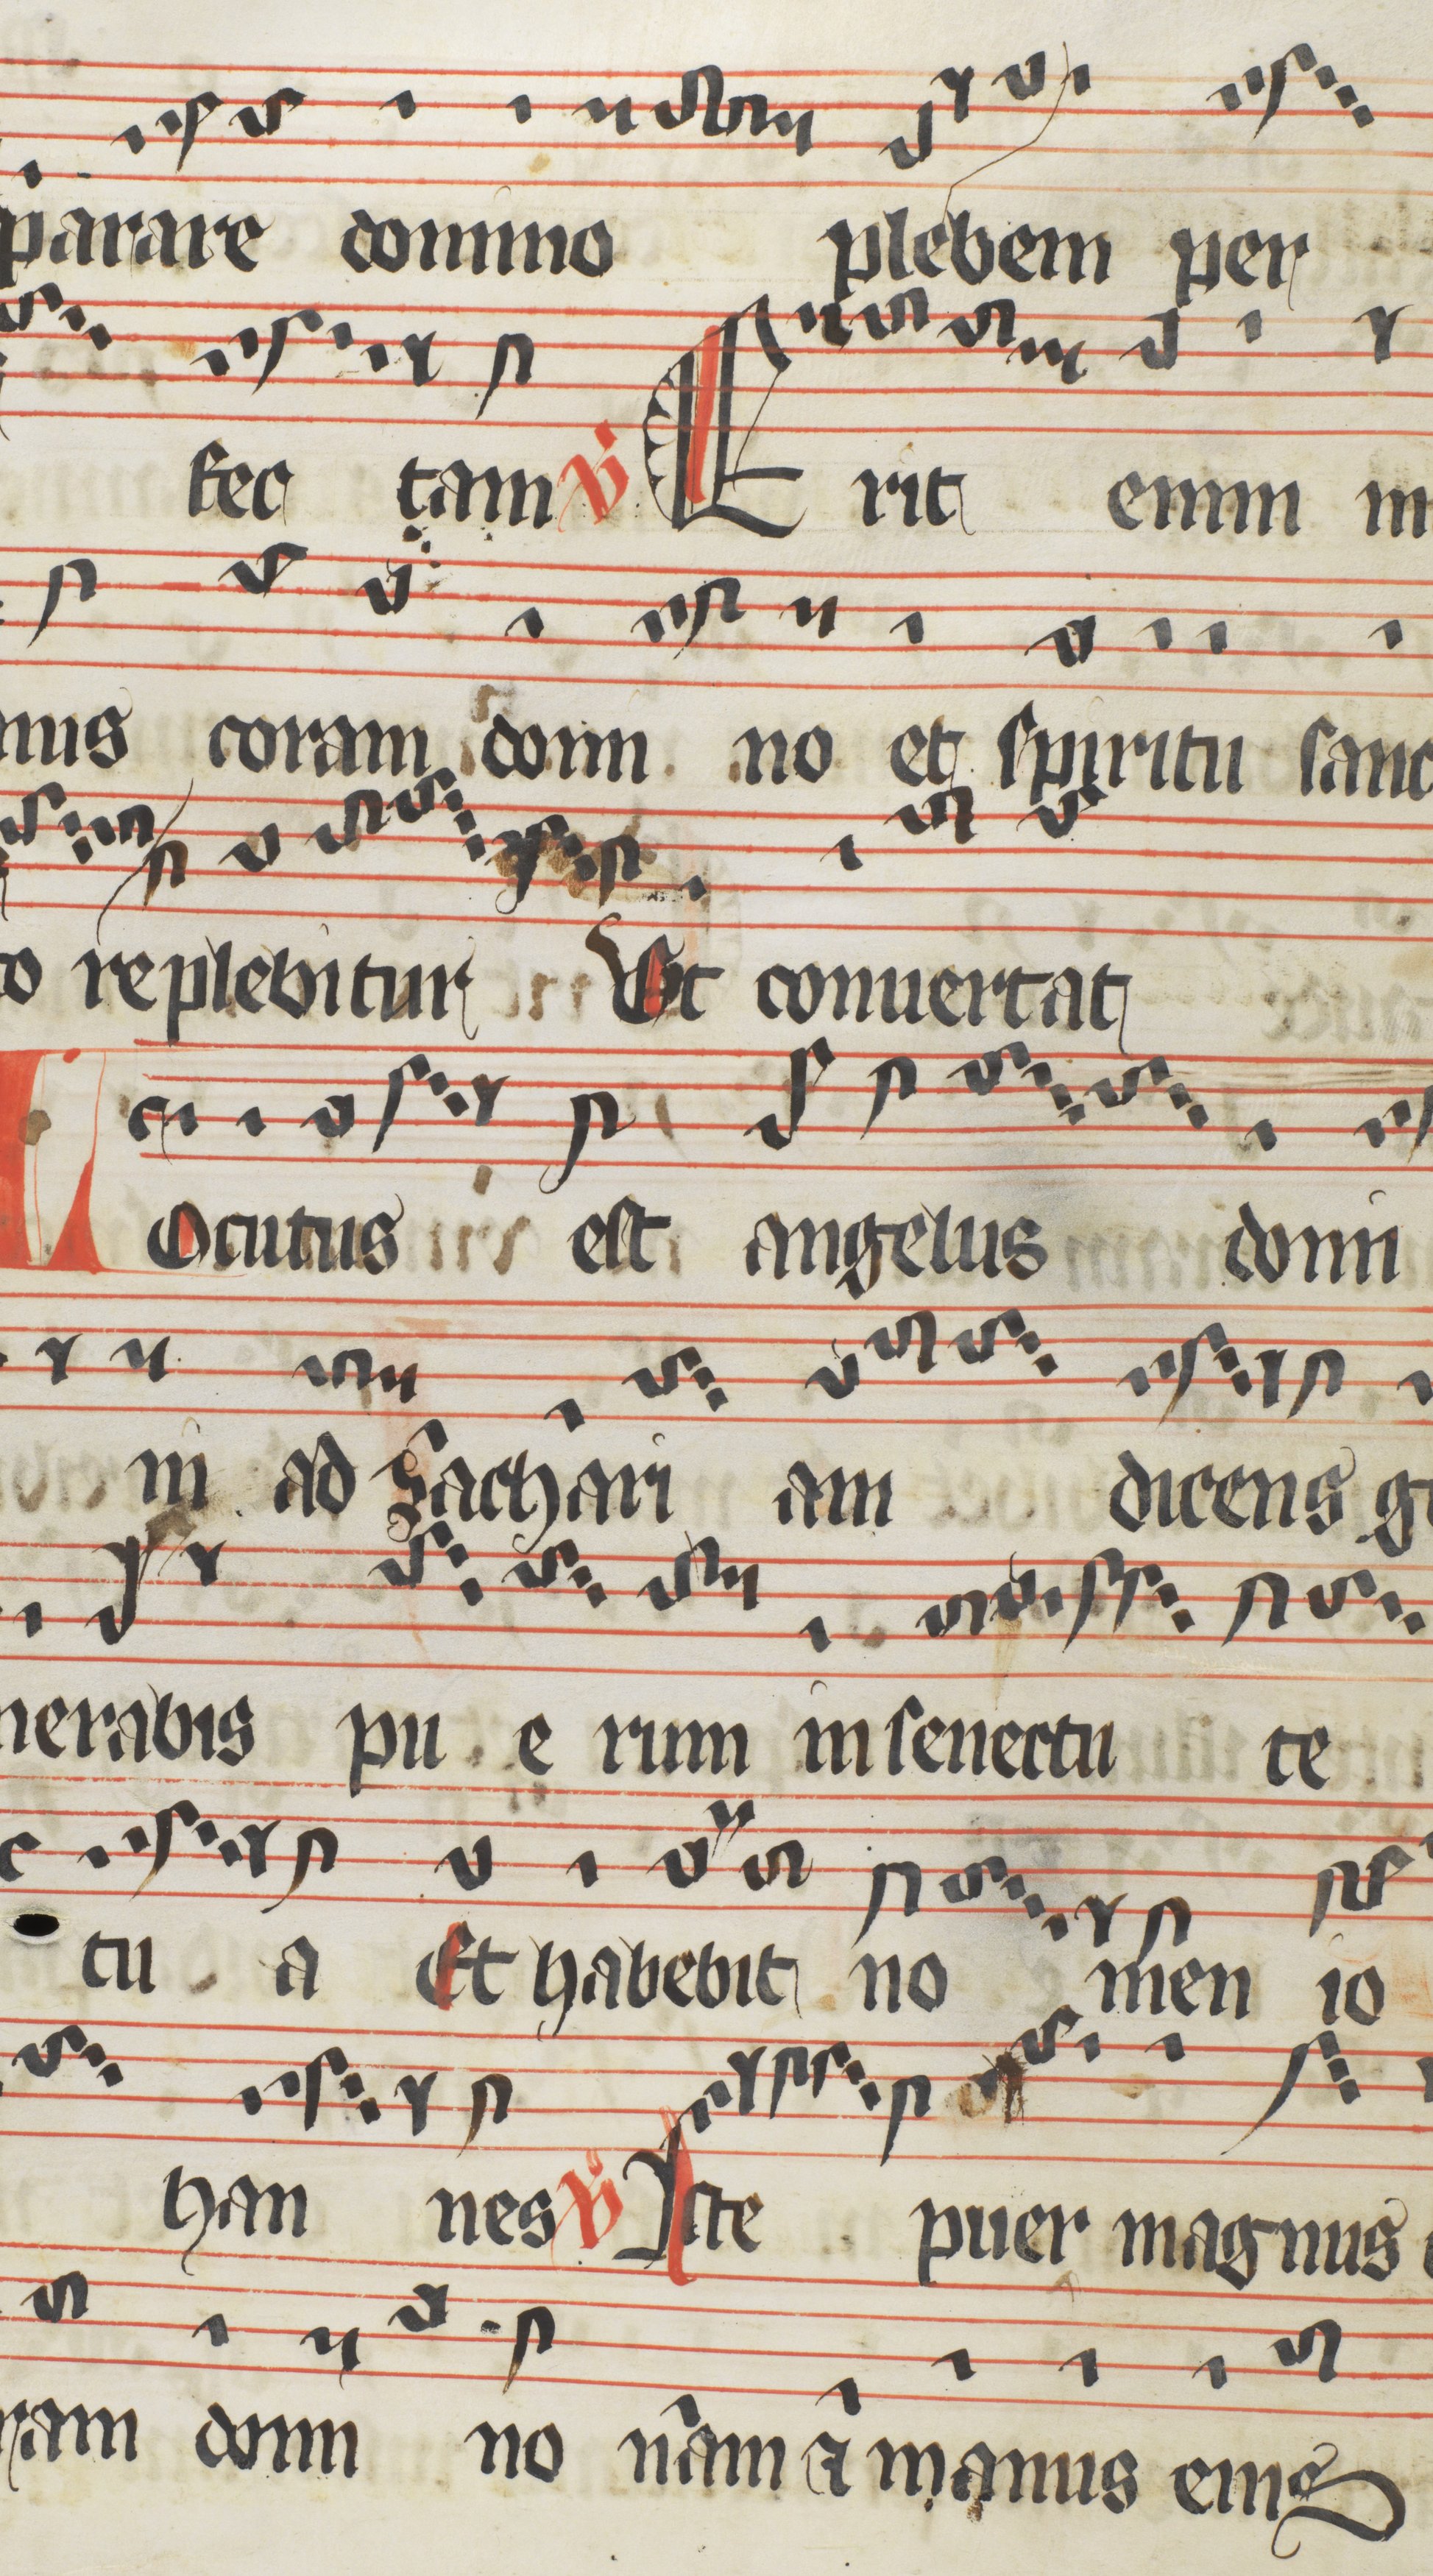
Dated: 1400–1499